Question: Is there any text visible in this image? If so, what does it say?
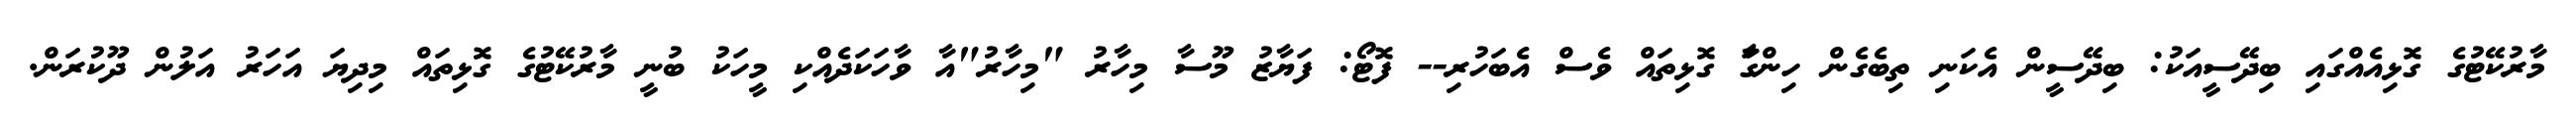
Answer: މާރުކޭޓުގެ ގޮޅިއެއްގައި ބިދޭސީއަކު: ބިދޭސީން އެކަނި ތިބެގެން ހިންގާަ ގޮޅިތައް ވެސް އެބަހުރި-- ފޮޓޯ: ފަޔާޒު މޫސާ މިހާރު "މިހާރު"އާ ވާހަކަދެއްކި މީހަކު ބުނީ މާރުކޭޓުގެ ގޮޅިތައް މިދިޔަ އަހަރު އަލުން ދޫކުރަން.